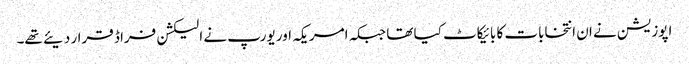
اپوزیشن نے ان انتخابات کا بائیکاٹ کیا تھا جبکہ امریکہ اور یورپ نے الیکشن فراڈ قرار دیئے تھے۔